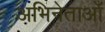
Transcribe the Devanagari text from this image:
अभिनेताओँ